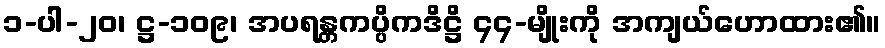
၁-ပါ-၂၀၊ ဋ္ဌ-၁၀၉၊ အပရန္တကပ္ပိကဒိဋ္ဌိ ၄၄-မျိုးကို အကျယ်ဟောထား၏။